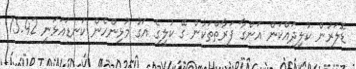
ޑޮލަރުން ކުލިދައްކަން އަންގާ ފަރާތްތަކުން ގޭ ކުލީގެ އަގު މުޅިންހެން ކަނޑައަޅަނީ 15.42